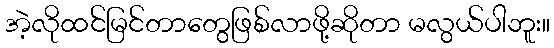
အဲ့လိုထင်မြင်တာတွေဖြစ်လာဖို့ဆိုတာ မလွယ်ပါဘူး။